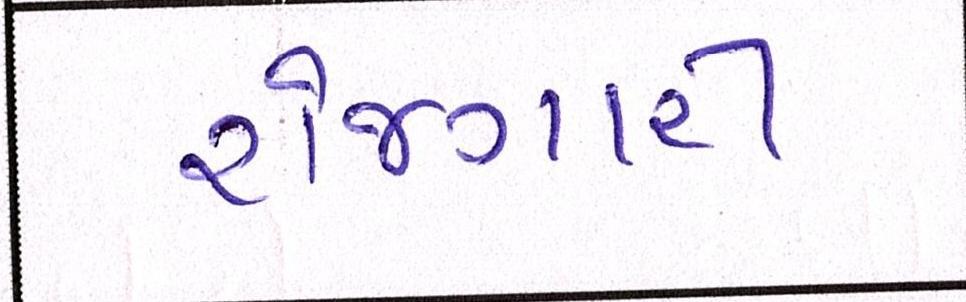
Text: રોજગારી